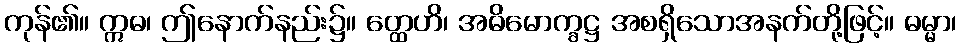
ကုန်၏။ ဣဓ၊ ဤနောက်နည်း၌။ တ္ထေဟိ၊ အဓိမောက္ခဋ္ဌ အစရှိသောအနက်တို့ဖြင့်။ ဓမ္မာ၊